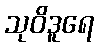
သုဝိဒူရေ